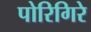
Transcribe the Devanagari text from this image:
पोरिगिरे